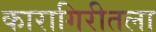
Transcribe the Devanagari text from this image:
कारागिरीतला